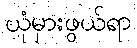
ယုံမှားဖွယ်ရာ